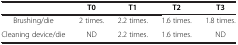
<table><thead><tr><td><b> </b></td><td><b>T0</b></td><td><b>T1</b></td><td><b>T2</b></td><td><b>T3</b></td></tr></thead><tbody><tr><td>Brushing/die</td><td>2 times.</td><td>2.2 times.</td><td>1.6 times.</td><td>1.8 times.</td></tr><tr><td>Cleaning device/die</td><td>ND</td><td>2.2 times.</td><td>1.6 times.</td><td>ND</td></tr></tbody></table>